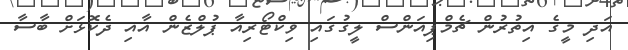
އަދި މީގެ އިތުރުން ޗެމްޕިއަންސް ލީގުގައި ވިކްޓޯރިއާ ޕުލްޒެން އާއި ދެކޮޅަށް ބާސާ